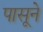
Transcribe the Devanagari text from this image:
पासूने